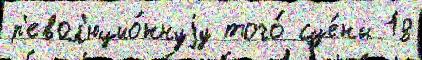
р'евол'юцио́ннуjу того́ сце́ны 18